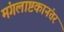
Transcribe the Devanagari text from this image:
मंगलाष्टकानंतर